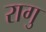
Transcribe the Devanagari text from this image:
रागु